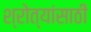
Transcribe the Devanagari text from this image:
श्रोत्यांसाठी